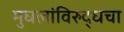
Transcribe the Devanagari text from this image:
मुघलांविरुद्धचा